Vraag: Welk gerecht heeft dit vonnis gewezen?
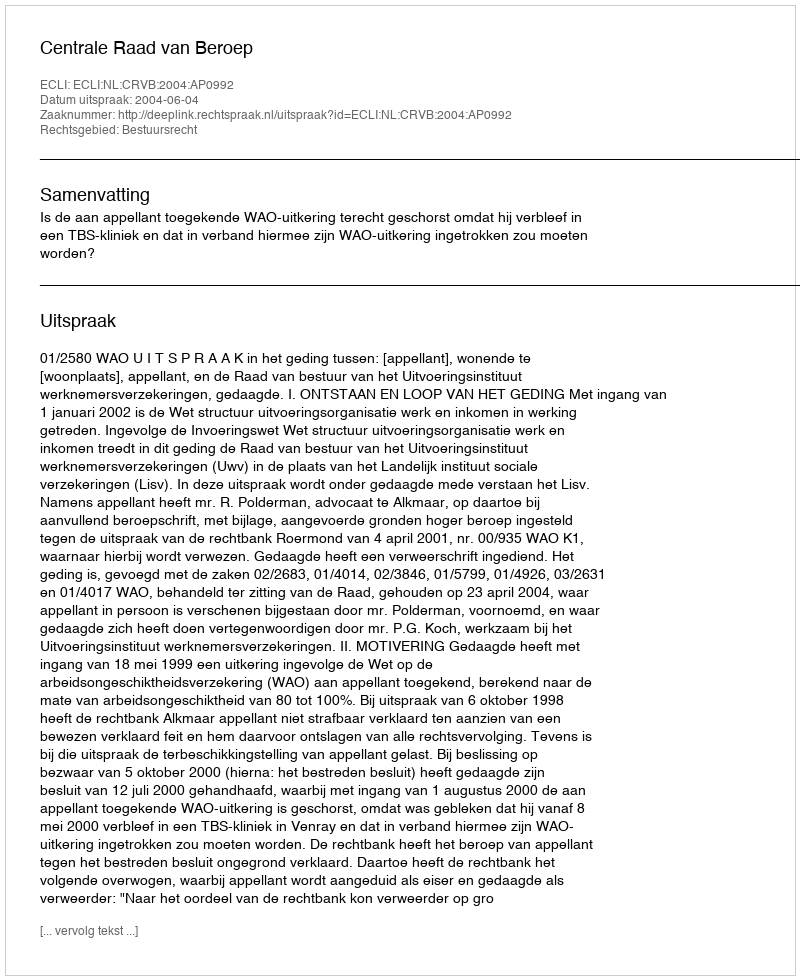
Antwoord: Centrale Raad van Beroep